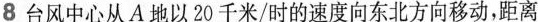
8台风中心从A地以20千米/时的速度向东北方向移动，距离